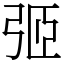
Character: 弬